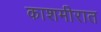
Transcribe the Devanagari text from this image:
काशमीरात